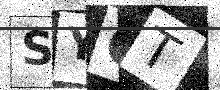
Text: SYCT